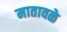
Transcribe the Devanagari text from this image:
मातावळे